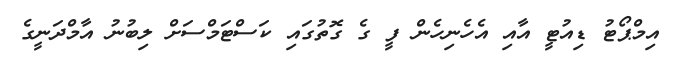
އިމްޕޯޓު ޑިއުޓީ އާއި އެހެނިހެން ފީ ގެ ގޮތުގައި ކަސްޓަމްސަށް ލިބުނު އާމްދަނީގެ